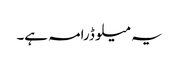
یہ میلو ڈرامہ ہے۔